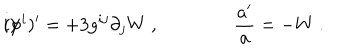
LaTeX: i ) \hspace { 2 c m } ( \phi ^ { i } ) ^ { \prime } = + 3 g ^ { i j } \partial _ { j } W \ , \qquad \qquad { \frac { a ^ { \prime } } { a } } = - W \ .